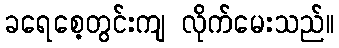
ခရေစေ့တွင်းကျ လိုက်မေးသည်။